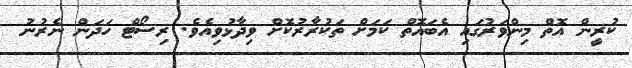
ކުރީން އޮތް މިންވަރުގައި އެބައޮތް ކަމަށް ތަކުރާރުކޮށް ވިދާޅުވިއެވެ. ރިސޯޓް ހަދަން ނެރުނު